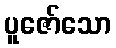
ပူဇော်သော